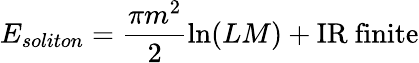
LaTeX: E_{soliton}=\frac{\pi m^{2}}{2}\ln(LM)+\mathrm{IR\ finite}